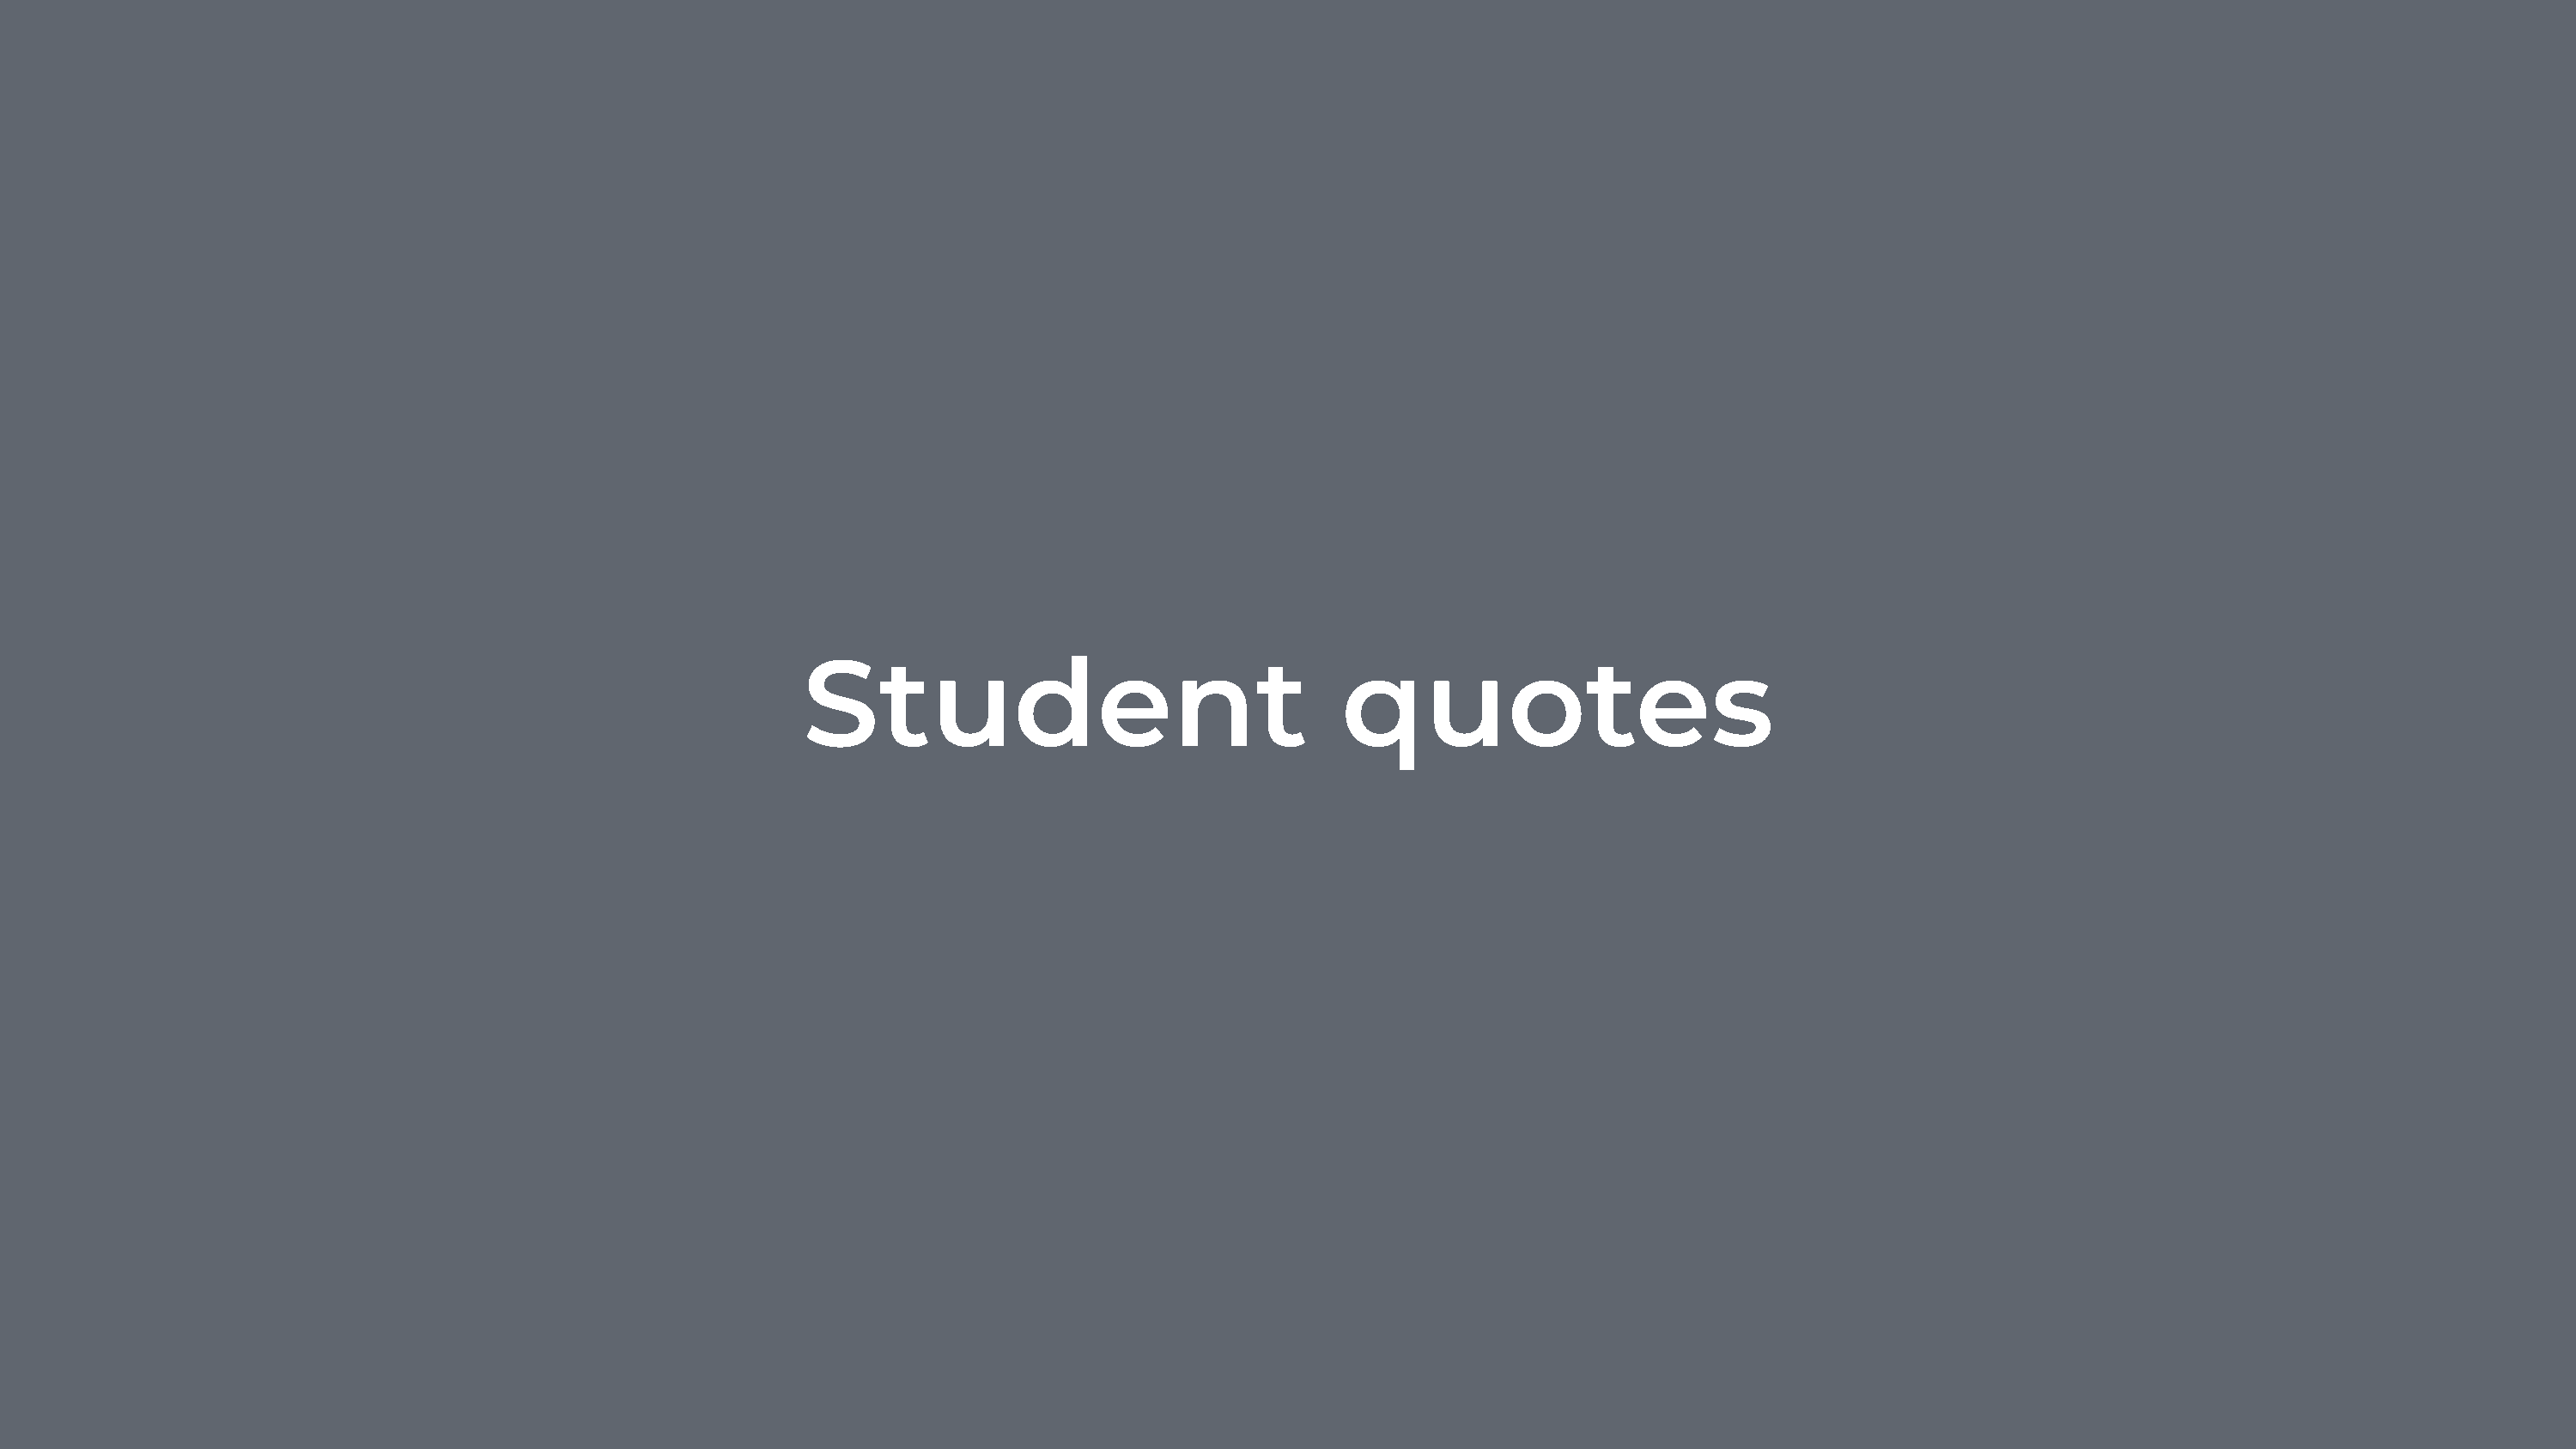
Student                                  quotes